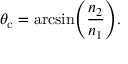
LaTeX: \theta _ { \mathrm { c } } = \arcsin \! \left( { \frac { n _ { 2 } } { n _ { 1 } } } \right) \! .